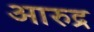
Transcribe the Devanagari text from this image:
आरुद्र